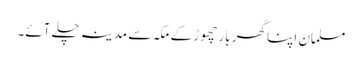
مسلمان اپنا گھر بار چھوڑ کے مکہ سے مدینہ چلے آئے۔